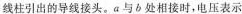
线柱引出的导线接头。a与b处相接时，电压表示